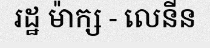
រដ្ឋ ម៉ាក្ស - លេនីន